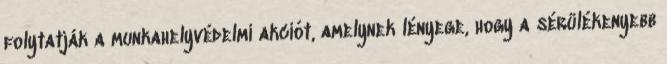
folytatják a munkahelyvédelmi akciót, amelynek lényege, hogy a sérülékenyebb